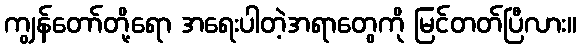
ကျွန်တော်တို့ရော အရေးပါတဲ့အရာတွေကို မြင်တတ်ပြီလား။